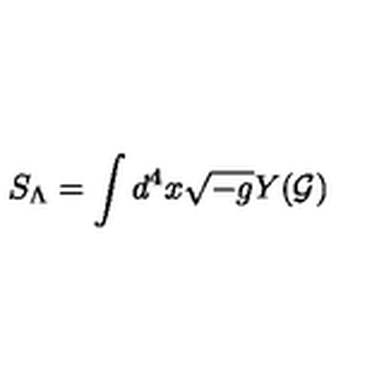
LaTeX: S _ { \Lambda } = \int d ^ { 4 } x \sqrt { - g } Y ( \cal G )